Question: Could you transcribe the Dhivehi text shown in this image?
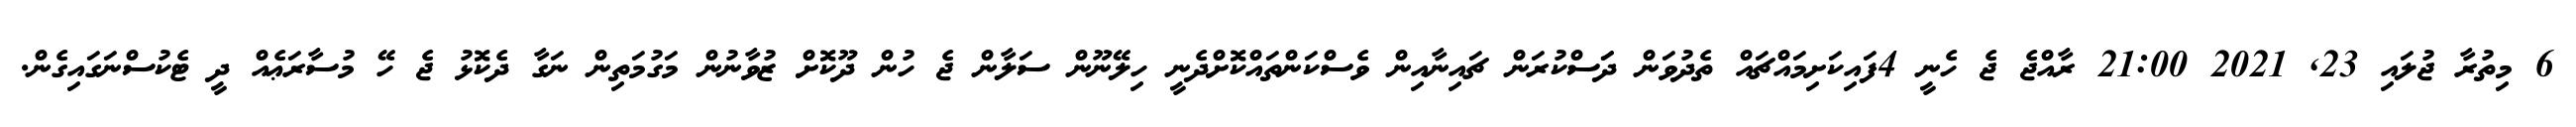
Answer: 6 މިތުރާ ޖުލައި 23, 2021 21:00 ރާއްޖެ ޖެ ހެނީ 4ފައިކަށިމައްޗައް ތެދުވަން ދަަސްކުރަން ޗައިނާއިން ވެސްކަންތައްކޮށްދެނީ ހިލޭނޫން ސަލާން ޖެ ހުން ދޫކޮށް ޒުވާނުން މަގުމަތިން ނަގާ ދެކޮޅު ޖެ ހޭ މުސާރަޢެއް ދީ ޓެކުސްނަގައިގެން.